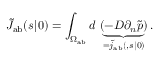
\tilde { J } _ { \mathrm { { a b } } } ( s | \r _ { 0 } ) = \int _ { \Omega _ { \mathrm { { a b } } } } d \r \, \underbrace { ( - D \partial _ { n } \tilde { p } ) } _ { = \tilde { j } _ { \mathrm { { a b } } } ( \r , s | \r _ { 0 } ) } .